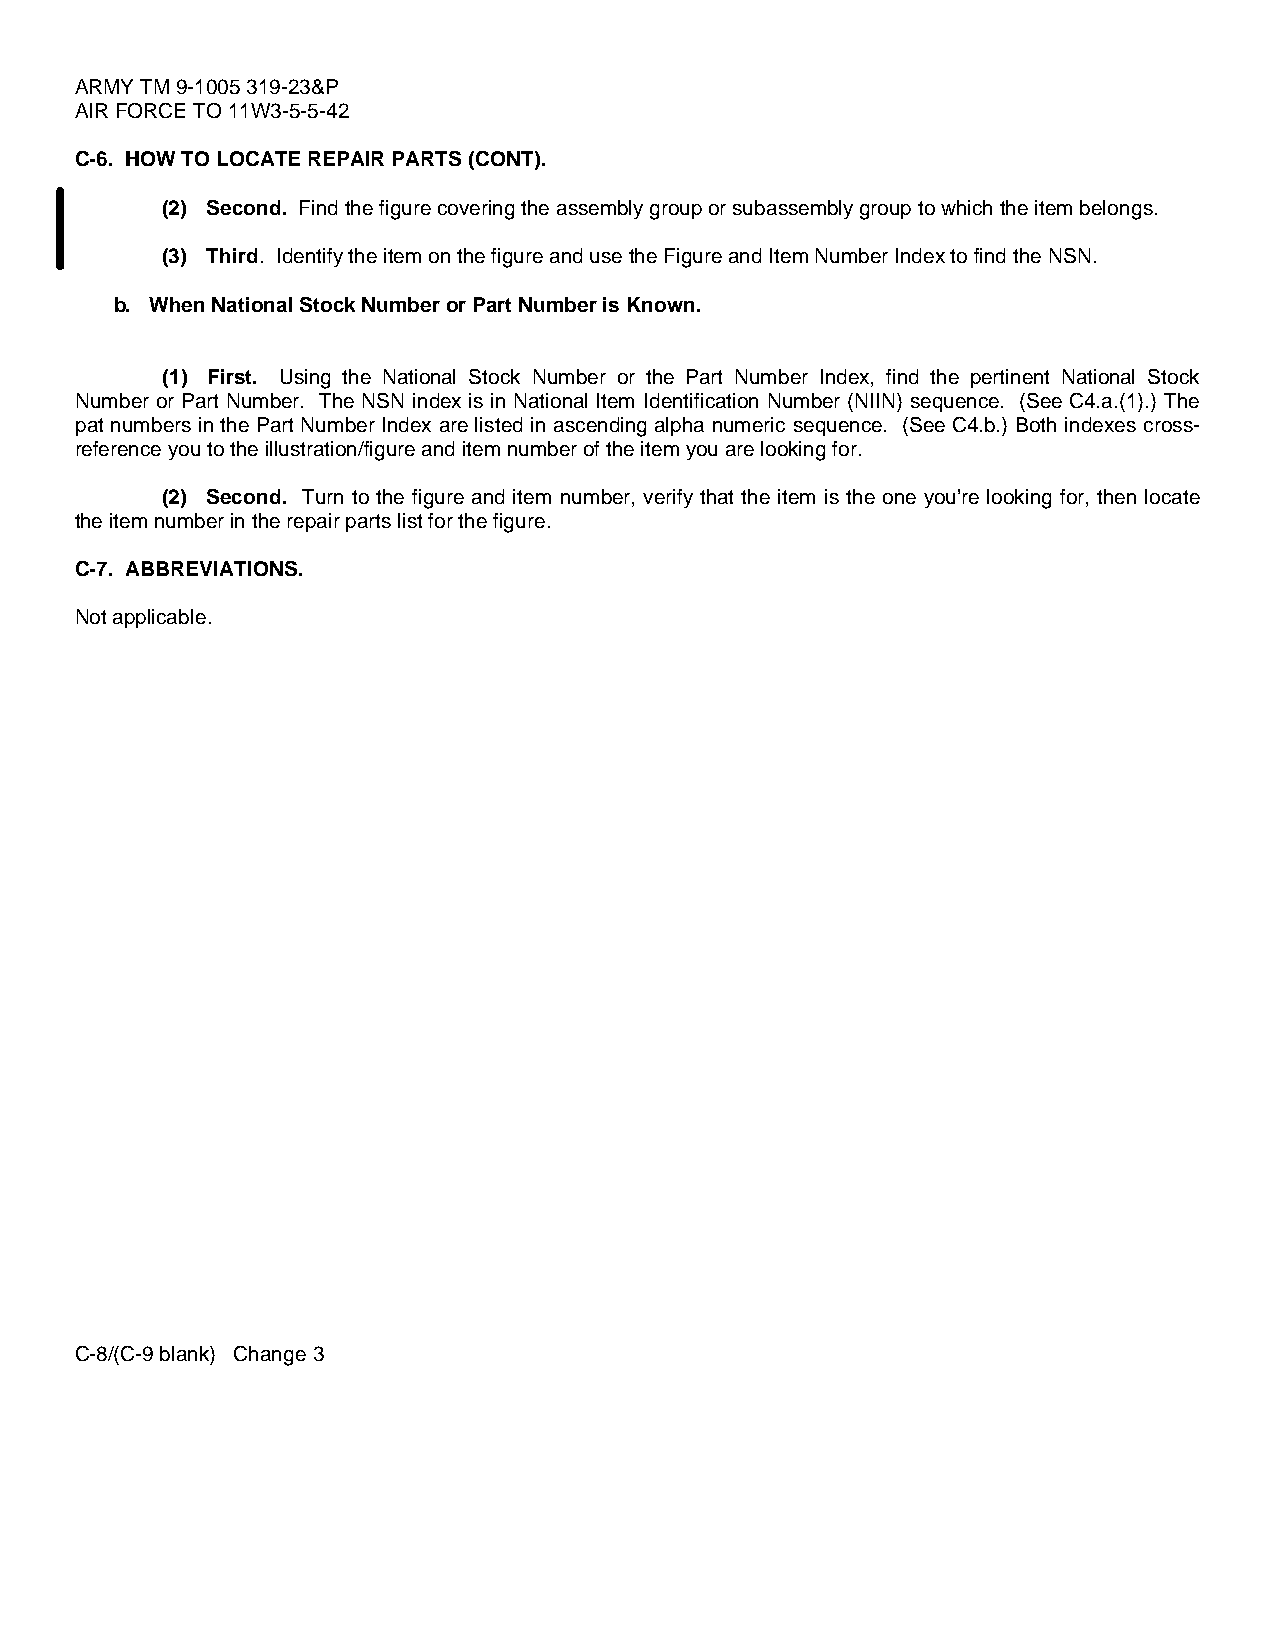
ARMY TM 9-1005 319-23&P
 AIR FORCE TO 11W3-5-5-42
 C-6. HOW TO LOCATE REPAIR PARTS (CONT).
 (2) Second. Find the figure covering the assembly group or subassembly group to which the item belongs.
 (3) Third. Identify the item on the figure and use the Figure and Item Number Index to find the NSN.
 b. When National Stock Number or Part Number is Known.
 (1) First. Using the National Stock Number or the Part Number Index, find the pertinent National Stock
 Number or Part Number. The NSN index is in National Item Identification Number (NIIN) sequence. (See C4.a.(1).) The
 pat numbers in the Part Number Index are listed in ascending alpha numeric sequence. (See C4.b.) Both indexes cross-
 reference you to the illustration/figure and item number of the item you are looking for.
 (2) Second. Turn to the figure and item number, verify that the item is the one you’re looking for, then locate
 the item number in the repair parts list for the figure.
 C-7. ABBREVIATIONS.
 Not applicable.
 C-8/(C-9 blank) Change 3